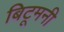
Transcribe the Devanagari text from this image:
बिटूमनी